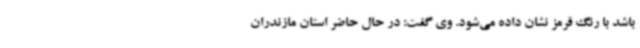
باشد با رنگ قرمز نشان داده می‌شود. وی گفت: در حال حاضر استان مازندران